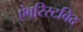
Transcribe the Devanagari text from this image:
ऐबरिस्टविद